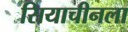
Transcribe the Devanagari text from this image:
सियाचीनला